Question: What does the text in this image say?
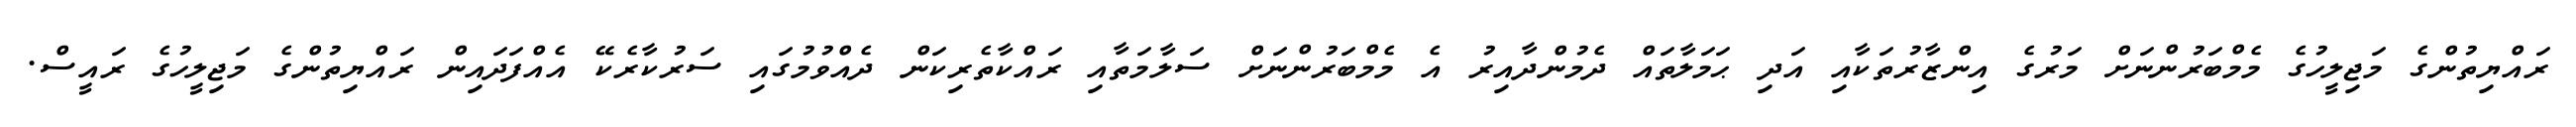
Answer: ރައްޔިތުންގެ މަޖިލީހުގެ މެމްބަރުންނަށް މަރުގެ އިންޒާރުތަކާއި އަދި ޙަމަލާތައް ދެމުންދާއިރު އެ މެމްބަރުންނަށް ސަލާމަތާއި ރައްކާތެރިކަން ދެއްވުމުގައި ސަރުކާރެކޭ އެއްފަދައިން ރައްޔިތުންގެ މަޖިލީހުގެ ރައީސް.